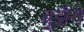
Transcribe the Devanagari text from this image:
बुझैये